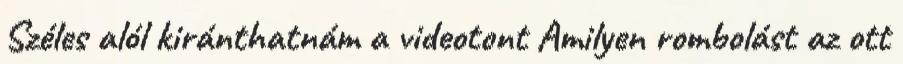
Széles alól kiránthatnám a videotont Amilyen rombolást az ott